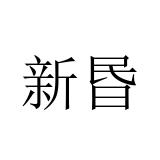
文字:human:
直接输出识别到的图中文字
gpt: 新昬